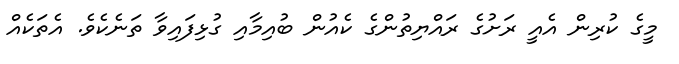
މީގެ ކުރިން އެއީ ރަށުގެ ރައްޔިތުންގެ ކެއުން ބުއިމާއި ގުޅިފައިވާ ތަނެކެވެ. އެތަކެއް